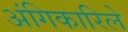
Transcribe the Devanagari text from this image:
अंगिकारिले